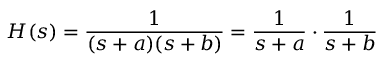
H ( s ) = { \frac { 1 } { ( s + a ) ( s + b ) } } = { \frac { 1 } { s + a } } \cdot { \frac { 1 } { s + b } }